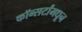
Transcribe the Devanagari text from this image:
कॉन्सर्टांंमधून